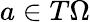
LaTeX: a\in T\Omega